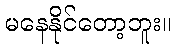
မနေနိုင်တော့ဘူး။